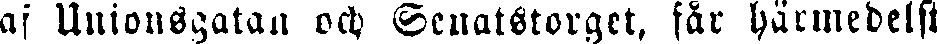
af Unionsgatan och Senatstorget, får härmedelst